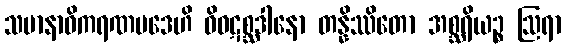
သမာနာဓိကရဏပဒေဟိ ဝိဝဋစ္ဆဒါနော တန္နိဿိတော အစ္ဆရိယဉ္စ ဩရာ